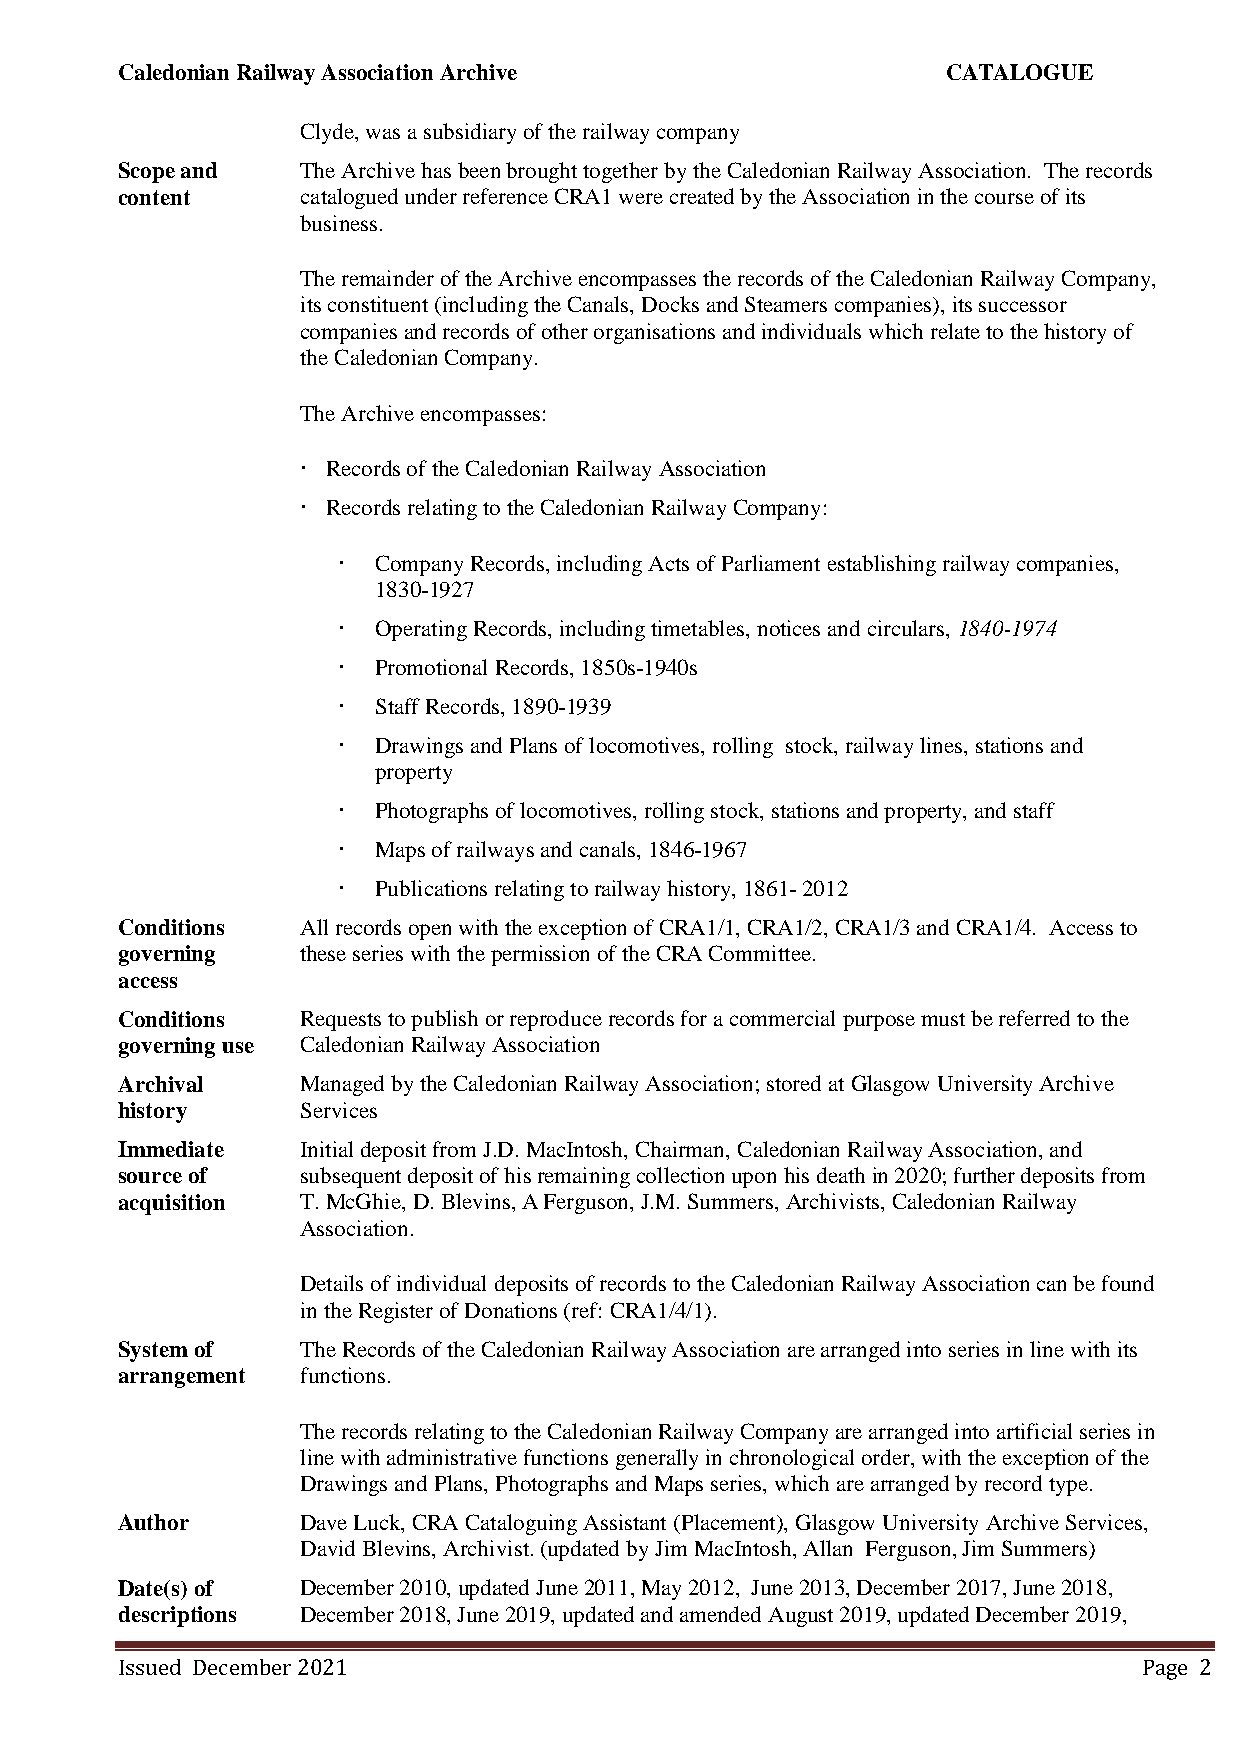
Caledonian Railway Association Archive                 CATALOGUE
 Clyde, was a subsidiary of the railway company
 Scope and   The Archive has been brought together by the Caledonian Railway Association. The records
 content     catalogued under reference CRA1 were created by the Association in the course of its
 business.
 The remainder of the Archive encompasses the records of the Caledonian Railway Company,
 its constituent (including the Canals, Docks and Steamers companies), its successor
 companies and records of other organisations and individuals which relate to the history of
 the Caledonian Company.
 The Archive encompasses:
  Records of the Caledonian Railway Association
  Records relating to the Caledonian Railway Company:
   Company Records, including Acts of Parliament establishing railway companies,
 1830-1927
   Operating Records, including timetables, notices and circulars, 1840-1974
   Promotional Records, 1850s-1940s
   Staff Records, 1890-1939
   Drawings and Plans of locomotives, rolling stock, railway lines, stations and
 property
   Photographs of locomotives, rolling stock, stations and property, and staff
   Maps of railways and canals, 1846-1967
   Publications relating to railway history, 1861- 2012
 Conditions  All records open with the exception of CRA1/1, CRA1/2, CRA1/3 and CRA1/4. Access to
 governing   these series with the permission of the CRA Committee.
 access
 Conditions  Requests to publish or reproduce records for a commercial purpose must be referred to the
 governing use Caledonian Railway Association
 Archival    Managed by the Caledonian Railway Association; stored at Glasgow University Archive
 history     Services
 Immediate   Initial deposit from J.D. MacIntosh, Chairman, Caledonian Railway Association, and
 source of   subsequent deposit of his remaining collection upon his death in 2020; further deposits from
 acquisition T. McGhie, D. Blevins, A Ferguson, J.M. Summers, Archivists, Caledonian Railway
 Association.
 Details of individual deposits of records to the Caledonian Railway Association can be found
 in the Register of Donations (ref: CRA1/4/1).
 System of   The Records of the Caledonian Railway Association are arranged into series in line with its
 arrangement functions.
 The records relating to the Caledonian Railway Company are arranged into artificial series in
 line with administrative functions generally in chronological order, with the exception of the
 Drawings and Plans, Photographs and Maps series, which are arranged by record type.
 Author      Dave Luck, CRA Cataloguing Assistant (Placement), Glasgow University Archive Services,
 David Blevins, Archivist. (updated by Jim MacIntosh, Allan Ferguson, Jim Summers)
 Date(s) of  December 2010, updated June 2011, May 2012, June 2013, December 2017, June 2018,
 descriptions December 2018, June 2019, updated and amended August 2019, updated December 2019,
 Issued December 2021                                                Page 2